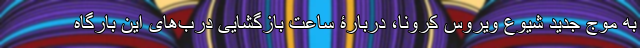
به موج جدید شیوع ویروس کرونا، دربارۀ ساعت بازگشایی درب‌های این بارگاه